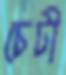
চেটী